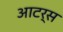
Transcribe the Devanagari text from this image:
आटर्स